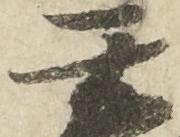
玄